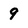
Character: 9